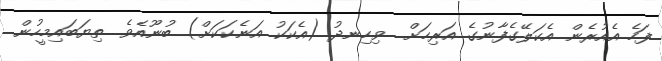
ފަހެ އެއުރެން އެކަލޭގެފާނުގެ އަރިހަށް  ވިހިނދު (އެކަކު އަނެކަކަށް) ބުނޫއެވެ. ތިޔަބައިމީހުން